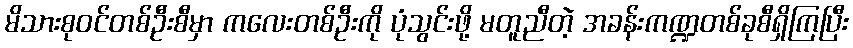
မိသားစုဝင်တစ်ဦးစီမှာ ကလေးတစ်ဦးကို ပုံသွင်းဖို့ မတူညီတဲ့ အခန်းကဏ္ဍတစ်ခုစီရှိကြပြီး